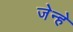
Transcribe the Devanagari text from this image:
जेन्हे